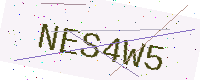
Text: NES4W5